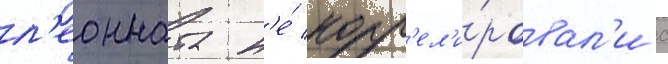
л'еонната н'е́ корр'ел'и́ровал'и с